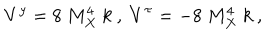
LaTeX: V ^ { y } = 8 ~ M _ { X } ^ { 4 } ~ k ~ , ~ V ^ { \tau } = - 8 ~ M _ { X } ^ { 4 } ~ k ~ , ~ \,